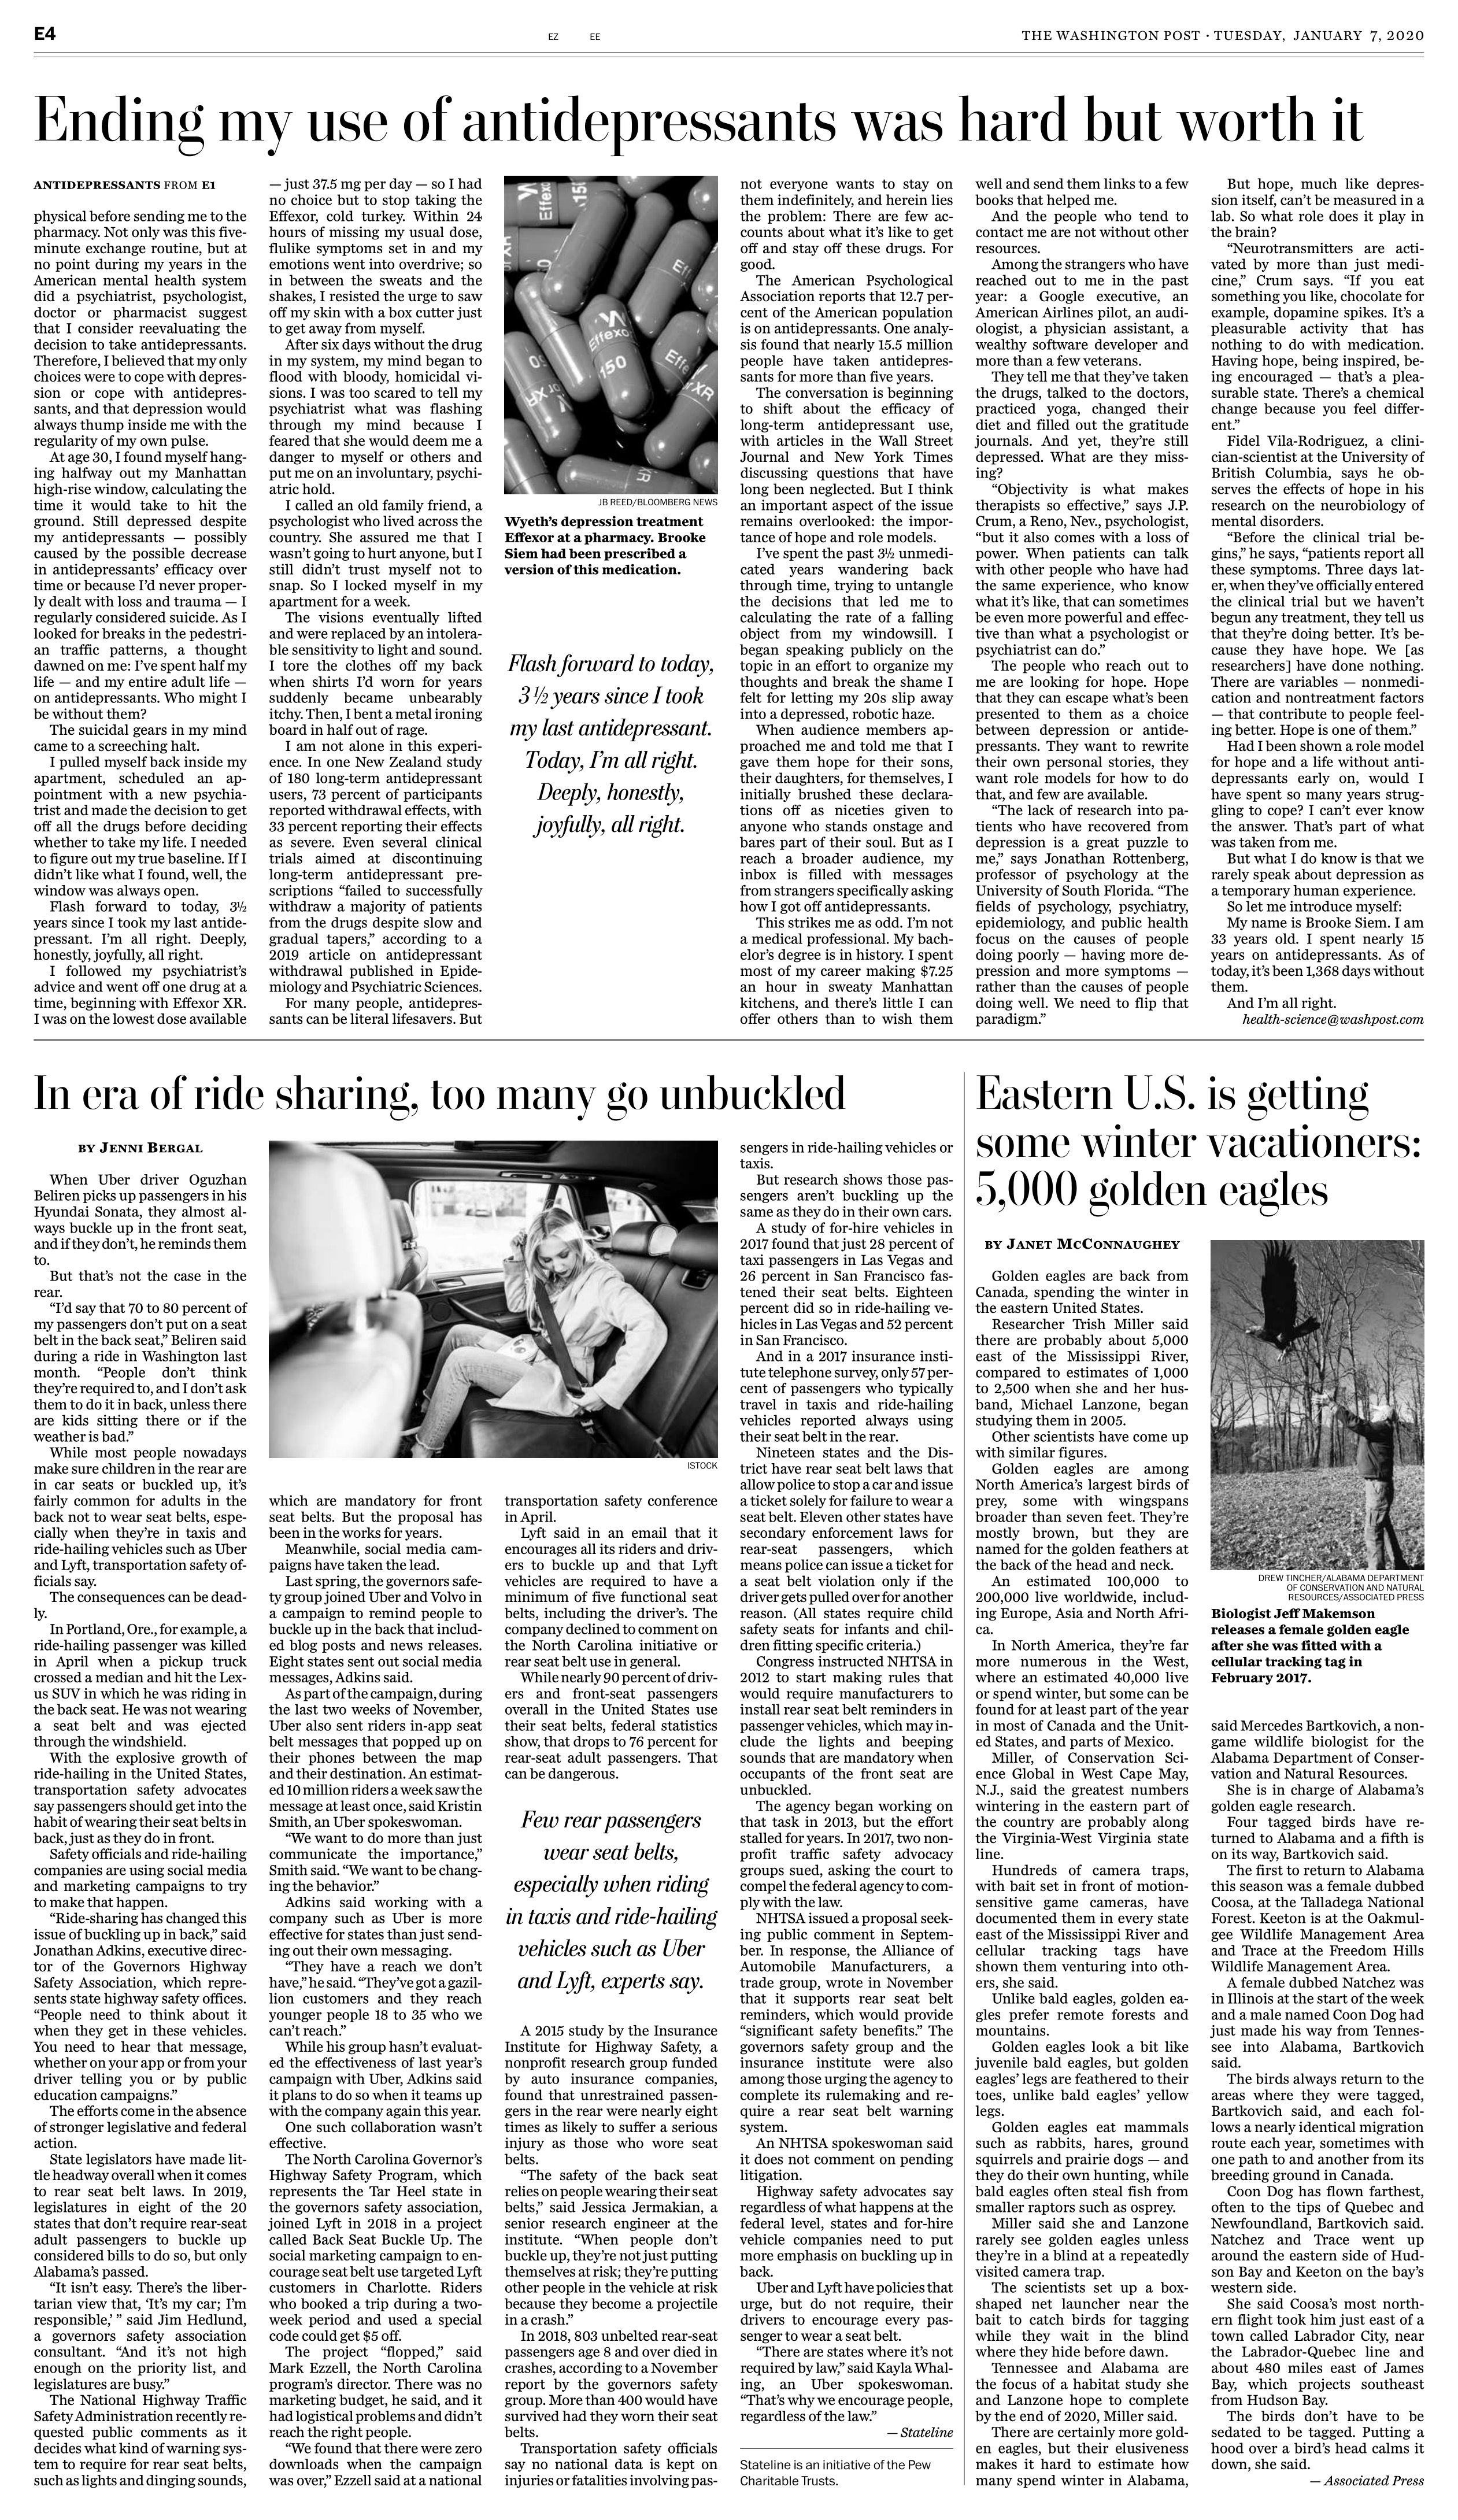
Language: en